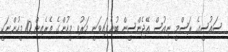
ސައުސީގެ ރަސްމީ ނިއުސް އޭޖެންސީން ބުނެފައިވަނީ މަރުވި މީހުންގެ ތެރެއިން 10 މީހުންނަކީ